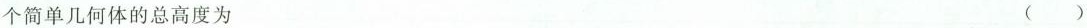
个简单几何体的总高度为 ( )